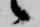
候